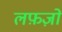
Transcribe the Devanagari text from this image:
लफ़ज़ों